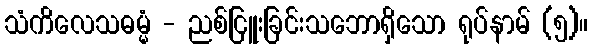
သံကိလေသဓမ္မံ - ညစ်ငြူးခြင်းသဘောရှိသော ရုပ်နာမ် (၅)။